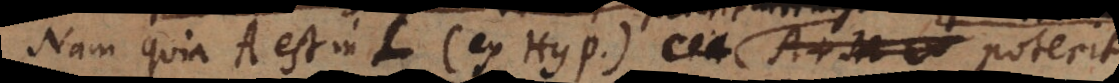
Nam quia A est in L (ex Hyp.) poterit